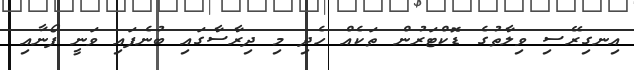
އިނގިރޭސި ވިލާތުގެ ޑޮކްޓަރުން ތަކެއް ހެދި މި ދިރާސާގައި ބުނެފައި ވަނީ ފޯނާއި